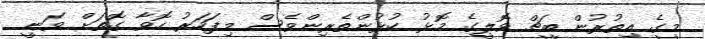
މީގެ އިތުރުން ބީޗް ވޮލީގެ މޮޅު ކުޅުންތެރިންވެސް މިފަހަރު ހޮވާ ގޮތަށް ވަނީ